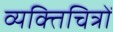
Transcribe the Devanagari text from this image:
व्यक्तिचित्रों